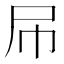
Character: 𡰯